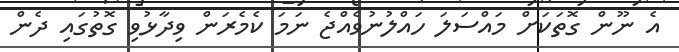
އެ ނޫން ގޮތަކަށް މައްސަލަ ހައްލުނުވެއްޖެ ނަމަ ކެމެރަން ވިދާޅުވި ގޮތުގައި ދެން